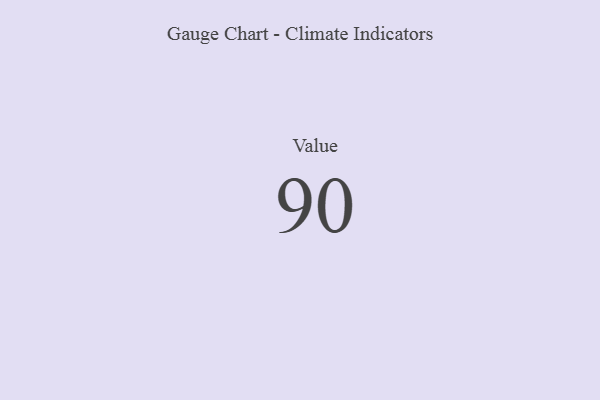
{"axis": {"x": "Metric", "y": "Value"}, "legend": [""], "data": [{"x": "Value", "y": 90, "type": ""}]}